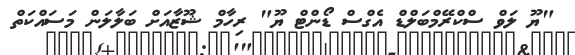
"ޔޫ ލަވް ސްކްރޭމްބަލްޑް އެގްސް ޑޯންޓް ޔޫ" ރިހާމް ޝޫޒާއަށް ބަލާލަން މަސައްކަތް